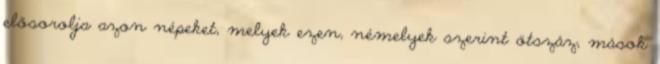
elősorolja azon népeket, melyek ezen, némelyek szerint ötszáz, mások